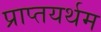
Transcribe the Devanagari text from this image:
प्राप्तयर्थम